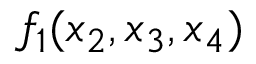
f _ { 1 } ( x _ { 2 } , x _ { 3 } , x _ { 4 } )